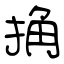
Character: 捔